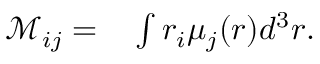
\begin{array} { r l } { \mathcal { M } _ { i j } = } & { { } \int r _ { i } \mu _ { j } ( \boldsymbol { r } ) d ^ { 3 } \boldsymbol { r } . } \end{array}